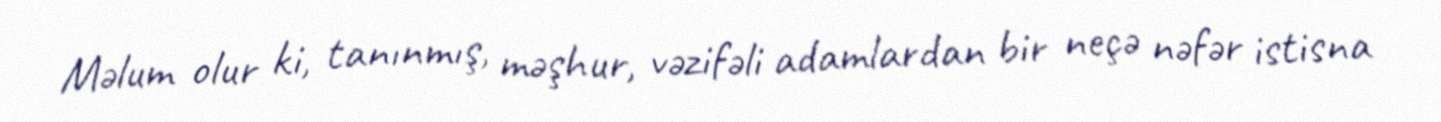
Məlum olur ki, tanınmış, məşhur, vəzifəli adamlardan bir neçə nəfər istisna